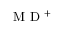
\mathrm { ~ M ~ D ~ } ^ { + }